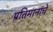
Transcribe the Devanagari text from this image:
प्रतिमानांचे